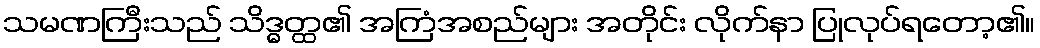
သမဏကြီးသည် သိဒ္ဓတ္ထ၏ အကြံအစည်များ အတိုင်း လိုက်နာ ပြုလုပ်ရတော့၏။